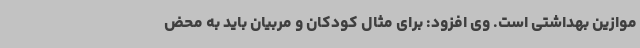
موازین بهداشتی است. وی افزود: برای مثال کودکان و مربیان باید به محض